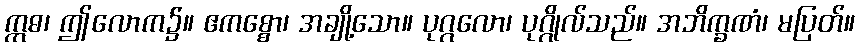
ဣဓ၊ ဤလောက၌။ ဧကစ္စော၊ အချို့သော။ ပုဂ္ဂလော၊ ပုဂ္ဂိုလ်သည်။ အဘိက္ခဏံ၊ မပြတ်။